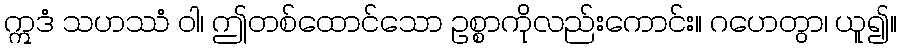
ဣဒံ သဟဿံ ဝါ၊ ဤတစ်ထောင်သော ဥစ္စာကိုလည်းကောင်း။ ဂဟေတွာ၊ ယူ၍။